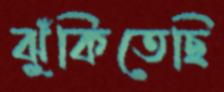
ঝুঁকিতেছি